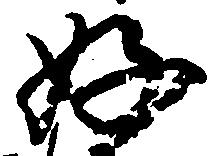
好